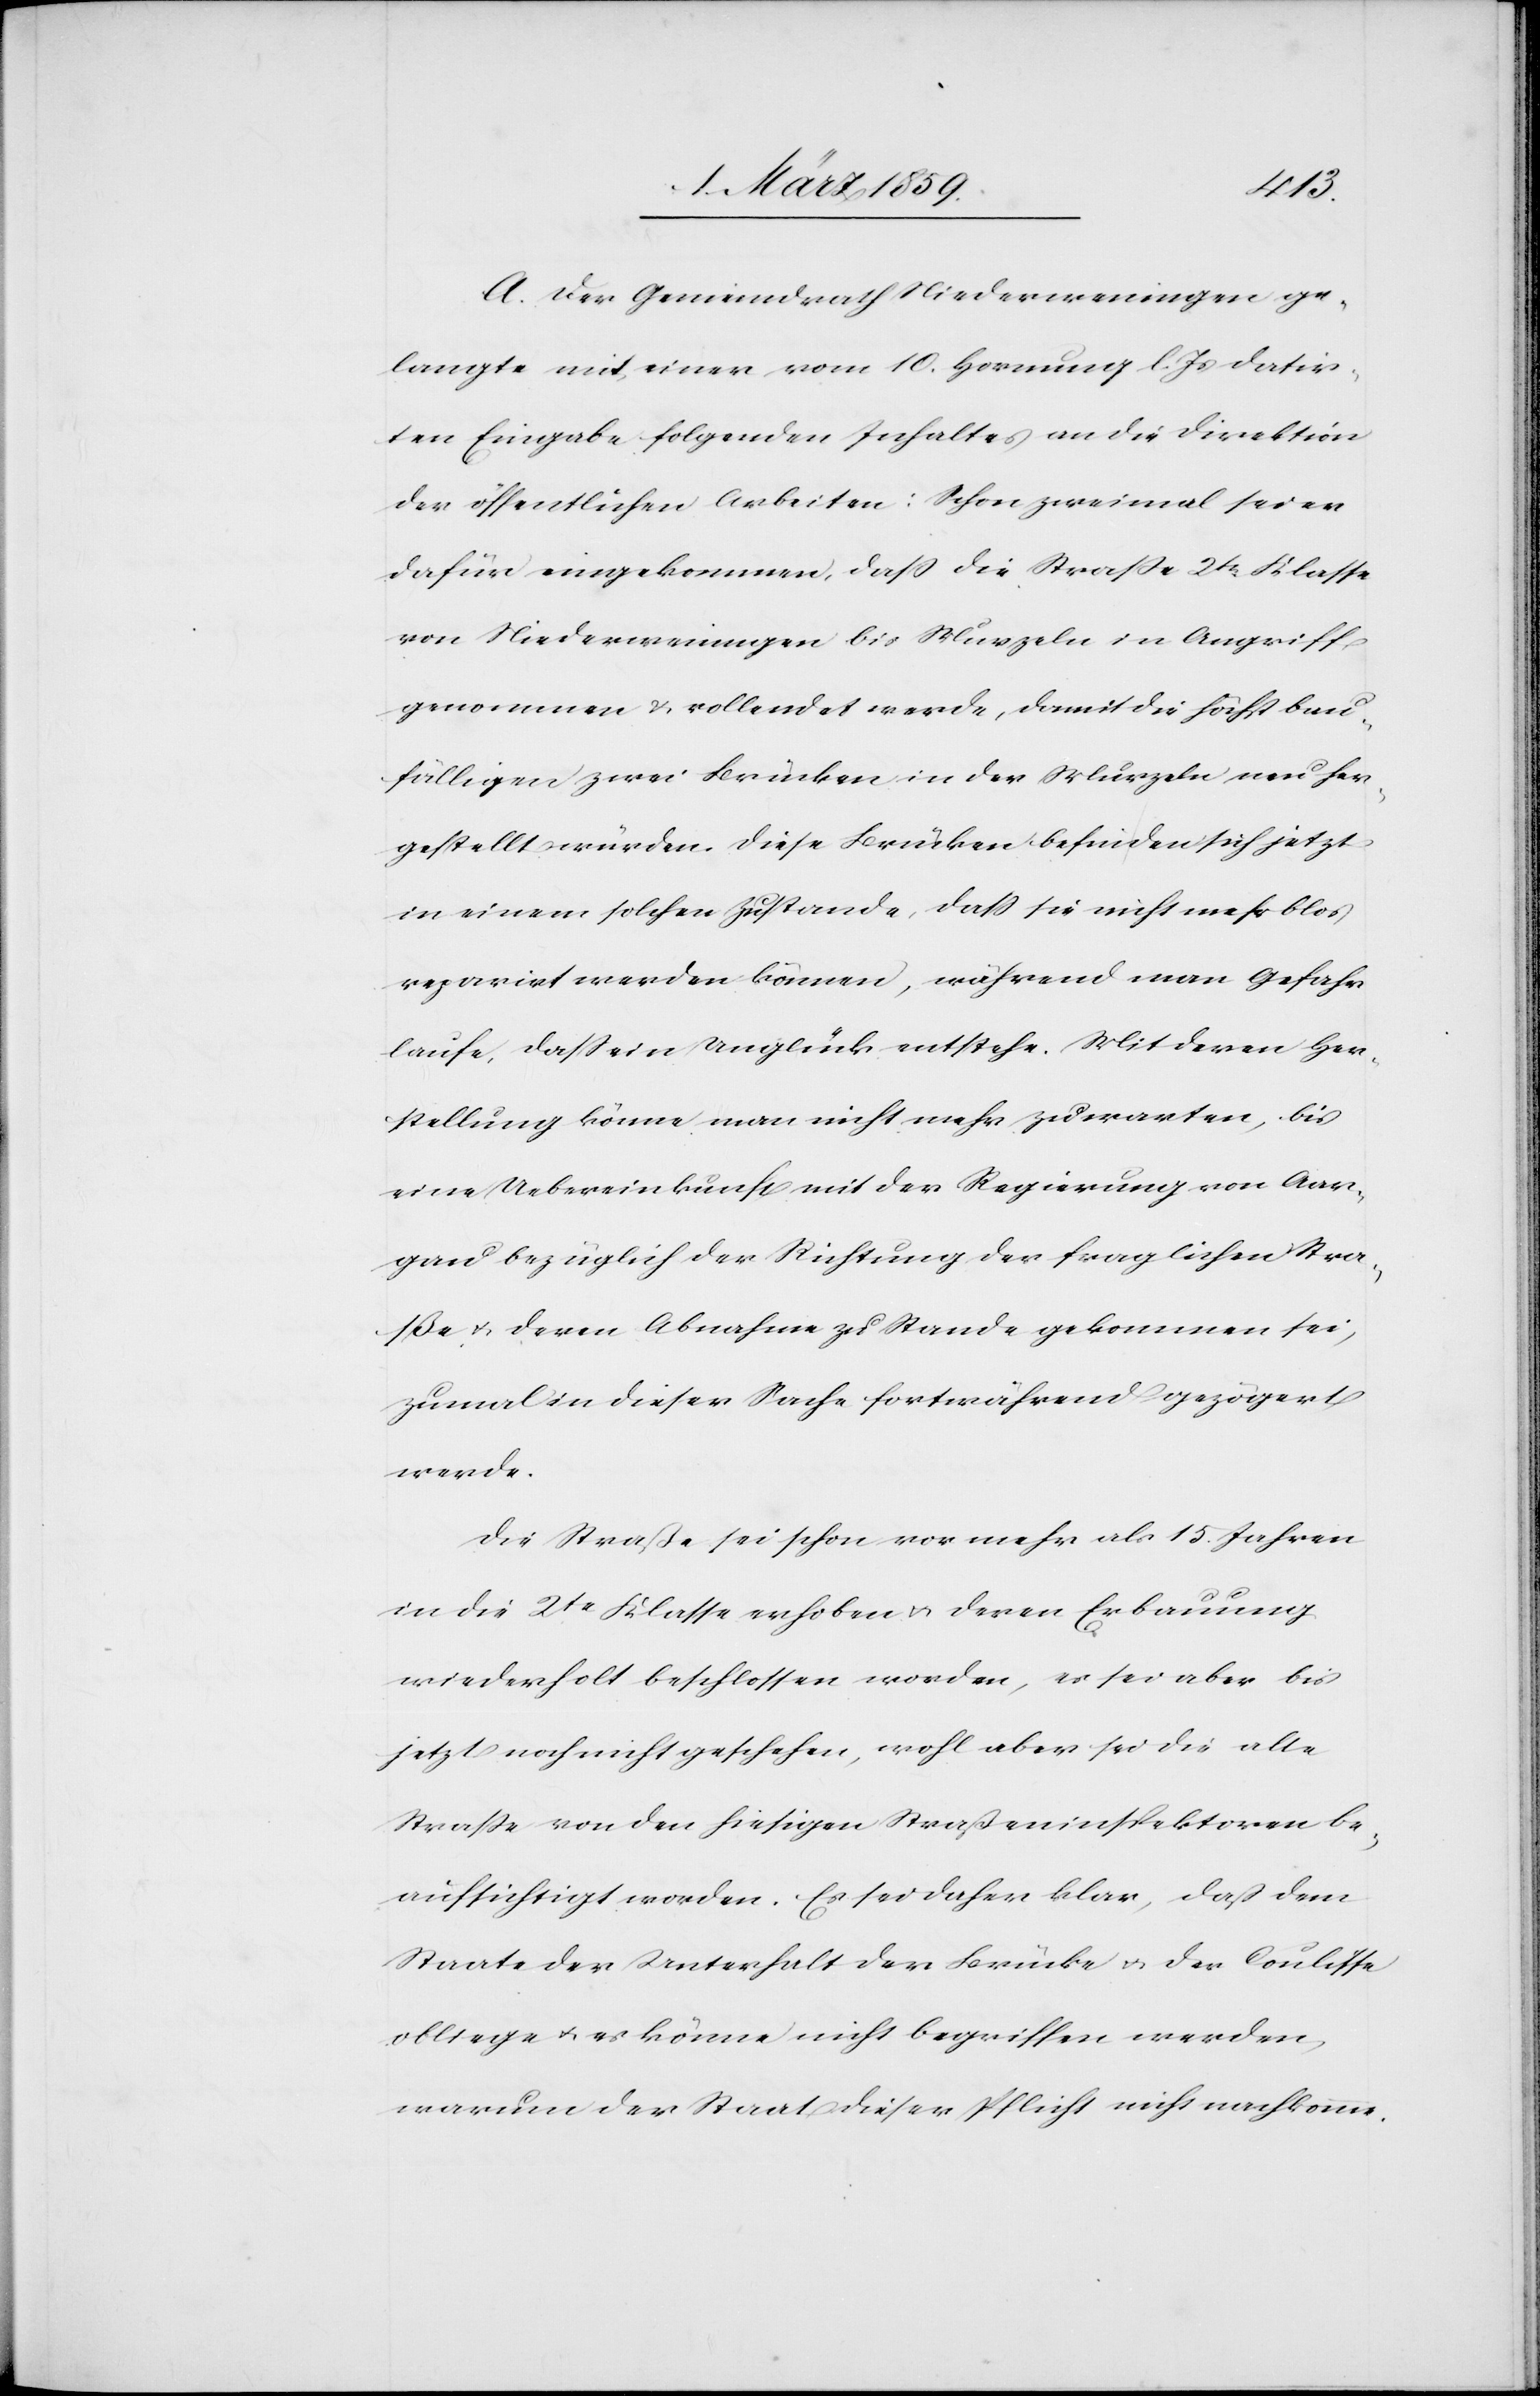
A. Der Gemeindrath Niederweningen ge¬
langte mit einer vom 10. Hornung l. Js. datir¬
ten Eingabe folgenden Inhaltes an die Direktion
der öffentlichen Arbeiten: Schon zweimal sei er
dafür eingekommen, daß die Straße 2tr. Klasse
von Niederweningen bis Murzeln in Angriff
genommen & vollendet werde, damit die höchst bau¬
fälligen zwei Brücken in der Murzeln neu her¬
gestellt würden. Diese Brücken befinden sich jetzt
in einem solchen Zustande, daß sie nicht mehr blos
reparirt werden können, während man Gefahr
laufe, daß ein Unglück entstehe. Mit deren Her¬
stellung könne man nicht mehr zuwarten, bis
eine Uebereinkunft mit der Regierung von Aar¬
gau bezüglich der Richtung der fraglichen Stra¬
ße u. deren Abnahme zu Stande gekommen sei,
zumal in dieser Sache fortwährend gezögert
werde.
Die Straße sei schon vor mehr als 15. Jahren
in die 2te Klasse erhoben u. deren Erbauung
wiederholt beschlossen worden, es sei aber bis
jetzt noch nicht geschehen, wohl aber sei die alte
Straße von den hiesigen Straßeninspektoren be¬
aufsichtigt worden. Es sei daher klar, daß dem
Staate der Unterhalt der Brücke u. der Coulisse
obliege u. es könne nicht begriffen werden,
warum der Staat dieser Pflicht nicht nachkomme.